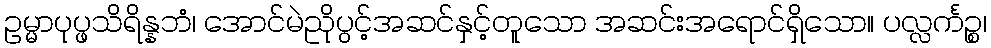
ဥမ္မာပုပ္ဖသိရိန္နဘံ၊ အောင်မဲညိုပွင့်အဆင်နှင့်တူသော အဆင်းအရောင်ရှိသော။ ပလ္လင်္ကဉ္စ၊